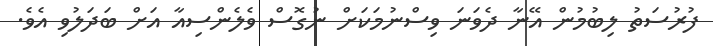
ފުރުސަތު ލިބުމުން އޭނާ ދެވަނަ ވިސްނުމަކަށް ނުގޮސް ވެލެންސިއާ އަށް ބަދަލުވި އެވެ.